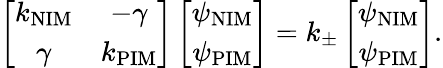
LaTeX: \left[\begin{array}{cc}{k_{\mathrm{NIM}}}&{-\gamma}\\ {\gamma}&{k_{\mathrm{PIM}}}\end{array}\right]\left[\begin{array}{cc}{\psi_{\mathrm{NIM}}}\\ {\psi_{\mathrm{PIM}}}\end{array}\right]=k_{\pm}\left[\begin{array}{cc}{\psi_{\mathrm{NIM}}}\\ {\psi_{\mathrm{PIM}}}\end{array}\right].